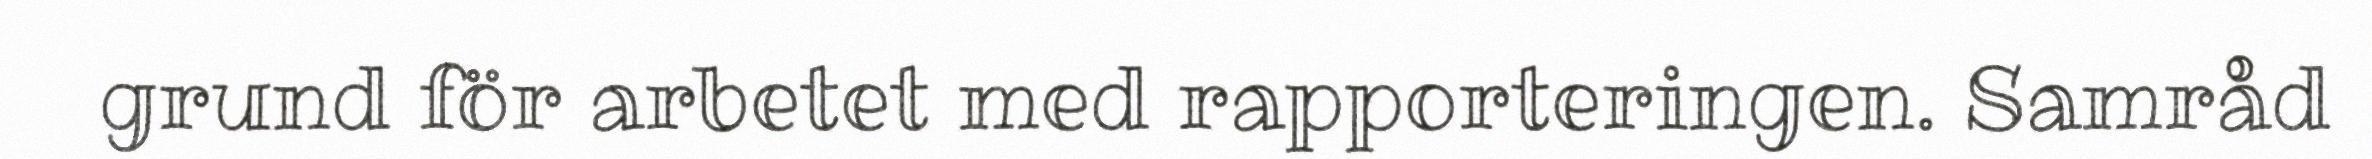
grund för arbetet med rapporteringen. Samråd